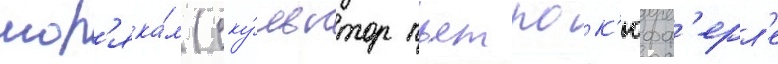
мор'яка́м (ску́льптор пьетро к'юфф'ерл'е